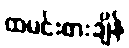
ထမင်းစားချိန်